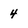
Character: 4